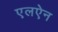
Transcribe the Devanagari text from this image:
एलऐन